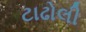
ટાઢોલી